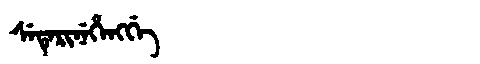
Manchu: ᠰᡝᡨᡝᡵᡳᠨᡝᡥᡝᠩᡤᡝ
Romanization: SETERINEHENGGE